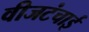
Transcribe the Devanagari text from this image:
वीजटंचाई